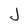
Character: J